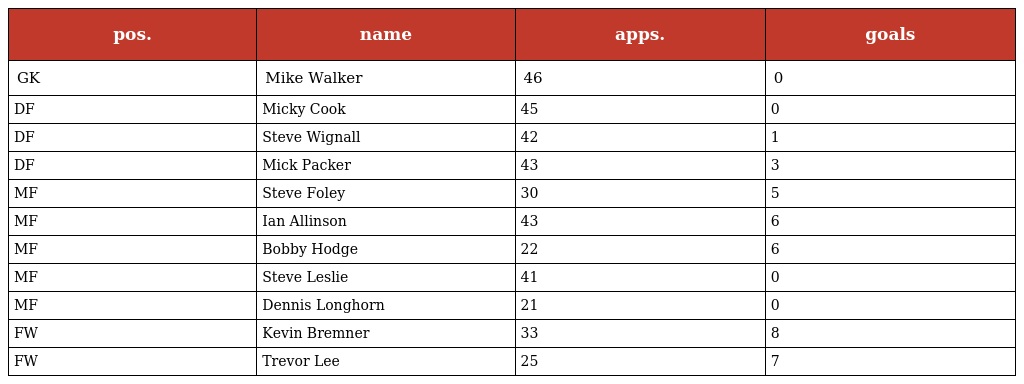
| pos. | name | apps. | goals |
 | --- | --- | --- | --- |
 | GK | Mike Walker | 46 | 0 |
 | DF | Micky Cook | 45 | 0 |
 | DF | Steve Wignall | 42 | 1 |
 | DF | Mick Packer | 43 | 3 |
 | MF | Steve Foley | 30 | 5 |
 | MF | Ian Allinson | 43 | 6 |
 | MF | Bobby Hodge | 22 | 6 |
 | MF | Steve Leslie | 41 | 0 |
 | MF | Dennis Longhorn | 21 | 0 |
 | FW | Kevin Bremner | 33 | 8 |
 | FW | Trevor Lee | 25 | 7 |